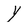
Character: Y